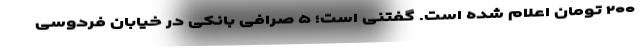
۲۰۰ تومان اعلام شده است. گفتنی است؛ ۵ صرافی بانکی در خیابان فردوسی